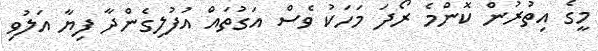
މީގެ އިތުރުން ކޮންމެ ރޯދަ މަހަކު ވެސް އަގުތައް އުފުލިގެންދާ ފިޔާ އަލުވި